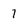
Character: 7